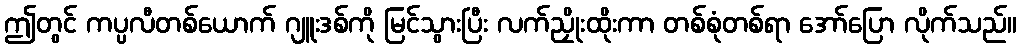
ဤတွင် ကပ္ပလီတစ်ယောက် ဂျူးဒစ်ကို မြင်သွားပြီး လက်ညှိုးထိုးကာ တစ်စုံတစ်ရာ အော်ပြော လိုက်သည်။